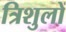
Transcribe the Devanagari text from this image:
त्रिशुलों